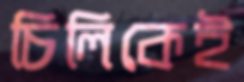
চিলিকেই